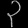
Digit: ၃